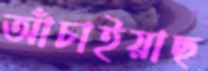
আঁচাইয়াছ